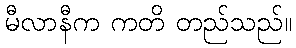
မီလာနီက ကတိ တည်သည်။